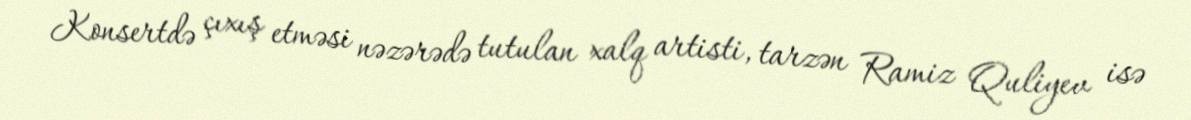
Konsertdə çıxış etməsi nəzərədə tutulan xalq artisti, tarzən Ramiz Quliyev isə